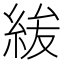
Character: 𮈐